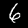
Label: 6